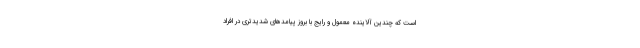
است که چندین آلاینده معمول و رایج با بروز پیامدهای شدیدتری در افراد